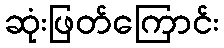
ဆုံးဖြတ်ကြောင်း